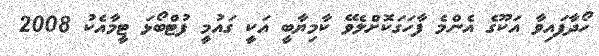
ހޯދާފައިވާ އަކޫގެ އެންމެ ފާހަގަކޮށްލެވޭ ކާމިޔާބީ އަކީ ގައުމީ ފުޓްބޯޅަ ޓީމާއެކު 2008